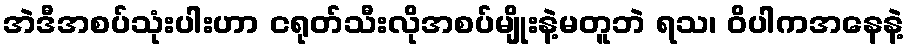
အဲဒီအစပ်သုံးပါးဟာ ငရုတ်သီးလိုအစပ်မျိုးနဲ့မတူဘဲ ရသ၊ ဝိပါကအနေနဲ့